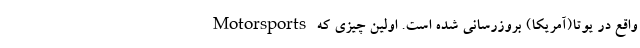
Motorsports واقع در یوتا(آمریکا) بروزرسانی شده است. اولین چیزی که